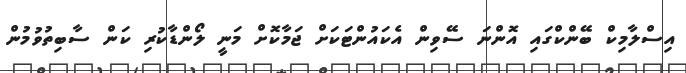
އިސްލާމިކް ބޭންކްގައި އޮންނަ ސޭވިން އެކައުންޓަކަށް ޖަމާކޮށް މަނީ ލޯންޑާކުރި ކަން ސާބިތުވުމުން